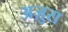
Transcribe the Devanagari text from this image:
अज़ुरा